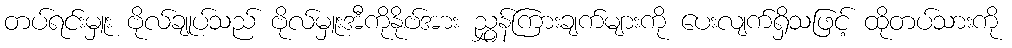
တပ်ရင်းမှူး ဗိုလ်ချုပ်သည် ဗိုလ်မှူးအီကိုနိုဗ်အား ညွှန်ကြားချက်များကို ပေးလျက်ရှိသဖြင့် ထိုတပ်သားကို